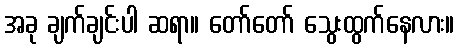
အခု ချက်ချင်းပါ ဆရာ။ တော်တော် သွေးထွက်နေလား။